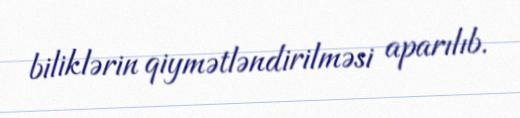
biliklərin qiymətləndirilməsi aparılıb.